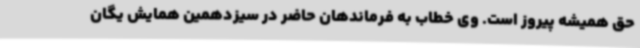
حق همیشه پیروز است. وی خطاب به فرماندهان حاضر در سیزدهمین همایش یگان